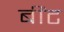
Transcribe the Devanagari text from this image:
बींट